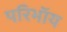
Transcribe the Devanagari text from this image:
परिभाॅय